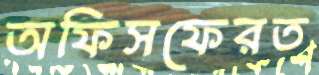
অফিসফেরত